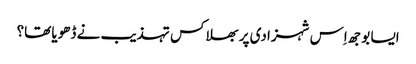
ایسا بوجھ اِس شہزادی پر بھلا کس تہذیب نے ڈھویا تھا؟